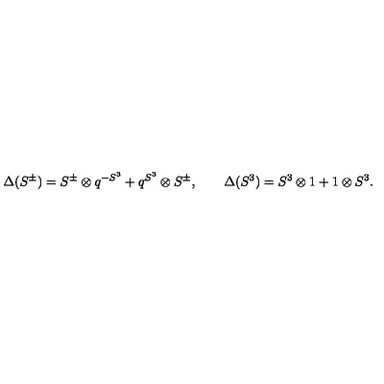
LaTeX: \Delta ( S ^ { \pm } ) = S ^ { \pm } \otimes q ^ { - S ^ { 3 } } + q ^ { S ^ { 3 } } \otimes S ^ { \pm } , \qquad \Delta ( S ^ { 3 } ) = S ^ { 3 } \otimes 1 + 1 \otimes S ^ { 3 } .